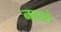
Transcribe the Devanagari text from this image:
नताले